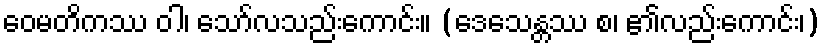
ဝေမတိကဿ ဝါ၊ သော်လသည်းကောင်း။ (ဒေသေန္တဿ စ၊ ၏လည်းကောင်း၊)